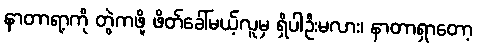
နာတာရာ့ကို တွဲကဖို့ ဖိတ်ခေါ်မယ့်လူမှ ရှိပါဦးမလား၊ နာတာရှာတော့